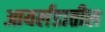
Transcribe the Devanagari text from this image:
आयर्लंडातील